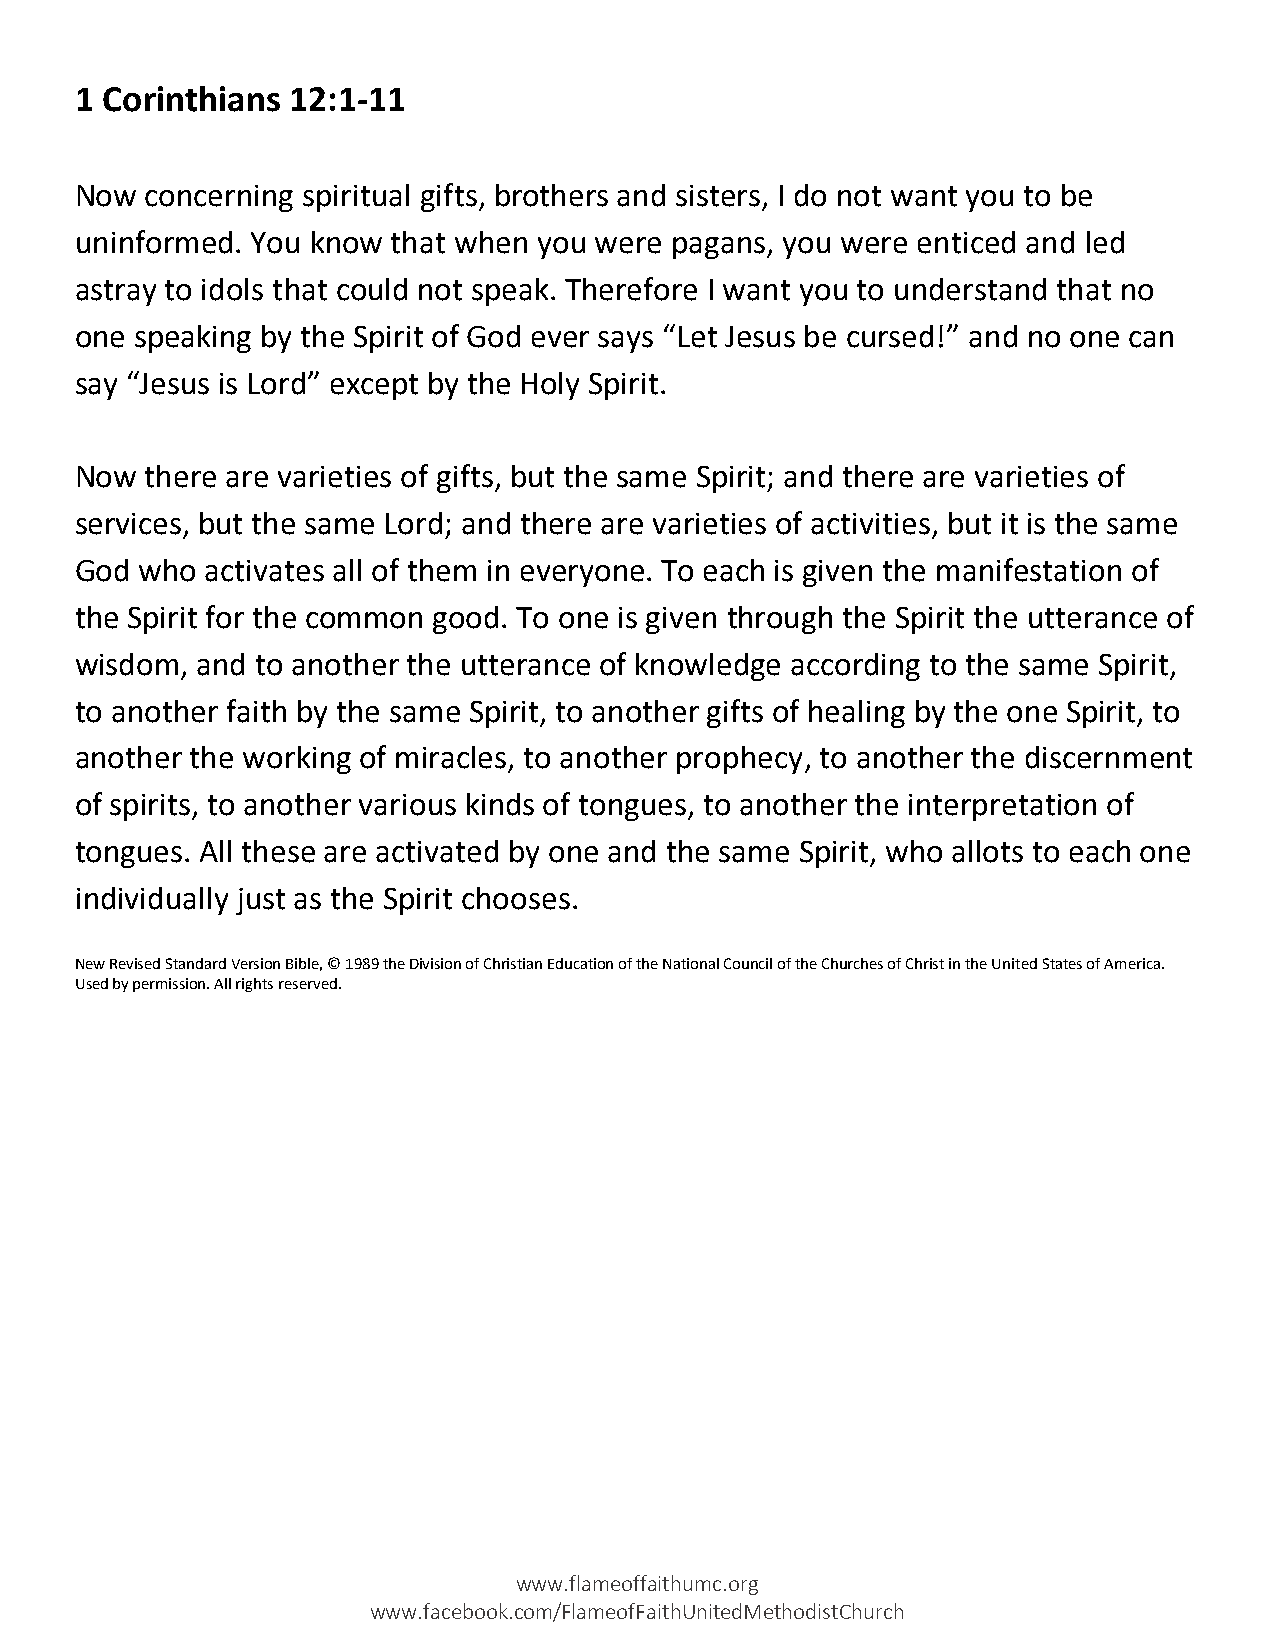
1 Corinthians 12:1-11
 Now  concerning spiritual gifts, brothers and sisters, I do not want you to be
 uninformed. You know that when you were pagans, you were enticed and led
 astray to idols that could not speak. Therefore I want you to understand that no
 one speaking by the Spirit of God ever says “Let Jesus be cursed!” and no one can
 say “Jesus is Lord” except by the Holy Spirit.
 Now  there are varieties of gifts, but the same Spirit; and there are varieties of
 services, but the same Lord; and there are varieties of activities, but it is the same
 God who  activates all of them in everyone. To each is given the manifestation of
 the Spirit for the common good. To one is given through the Spirit the utterance of
 wisdom, and to another the utterance of knowledge according to the same Spirit,
 to another faith by the same Spirit, to another gifts of healing by the one Spirit, to
 another the working of miracles, to another prophecy, to another the discernment
 of spirits, to another various kinds of tongues, to another the interpretation of
 tongues. All these are activated by one and the same Spirit, who allots to each one
 individually just as the Spirit chooses.
 New Revised Standard Version Bible, © 1989 the Division of Christian Education of the National Council of the Churches of Christ in the United States of America.
 Used by permission. All rights reserved.
 www.flameoffaithumc.org
 www.facebook.com/FlameofFaithUnitedMethodistChurch